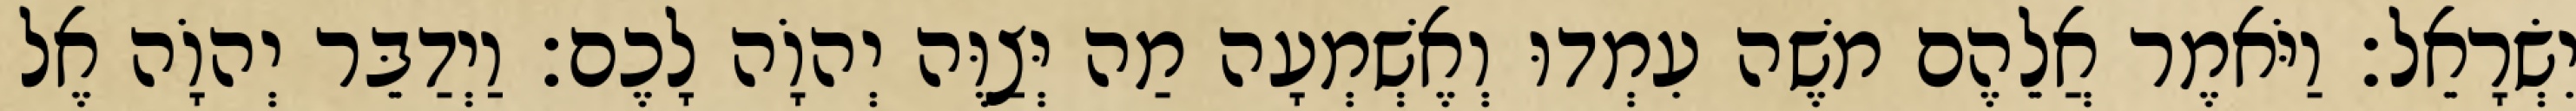
יִשְׂרָאֵל׃ וַיֹּאמֶר אֲלֵהֶם משֶׁה עִמְדוּ וְאֶשְׁמְעָה מַה יְּצַוֶּה יְהוָֹה לָכֶם׃ וַיְדַבֵּר יְהוָֹה אֶל